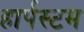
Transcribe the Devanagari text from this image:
हार्पस्टम